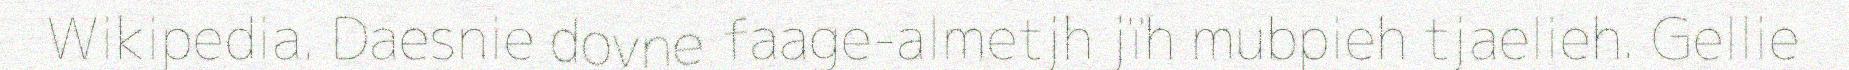
Wikipedia. Daesnie dovne faage-almetjh jïh mubpieh tjaelieh. Gellie